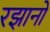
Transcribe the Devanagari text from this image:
रझानो